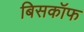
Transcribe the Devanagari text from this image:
बिसकॉफ